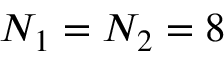
N _ { 1 } = N _ { 2 } = 8